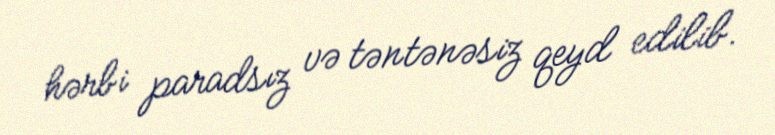
hərbi paradsız və təntənəsiz qeyd edilib.